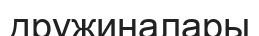
дружиналары